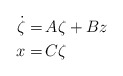
\begin{align*}\begin{aligned}\dot{\zeta} = &\, A \zeta + B z\\x =&\, C\zeta\end{aligned}\end{align*}